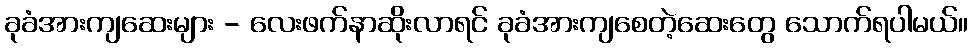
ခုခံအားကျဆေးများ - လေးဖက်နာဆိုးလာရင် ခုခံအားကျစေတဲ့ဆေးတွေ သောက်ရပါမယ်။